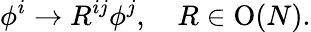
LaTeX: \phi^{i}\to R^{ij}\phi^{j},\quad R\in\mathrm{O}(N).